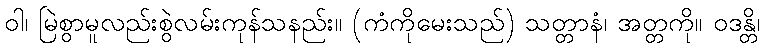
ဝါ၊ မြဲစွာမူလည်းစွဲလမ်းကုန်သနည်း။ (ကံကိုမေးသည်) သတ္တာနံ၊ အတ္တကို။ ဝဒန္တိ၊